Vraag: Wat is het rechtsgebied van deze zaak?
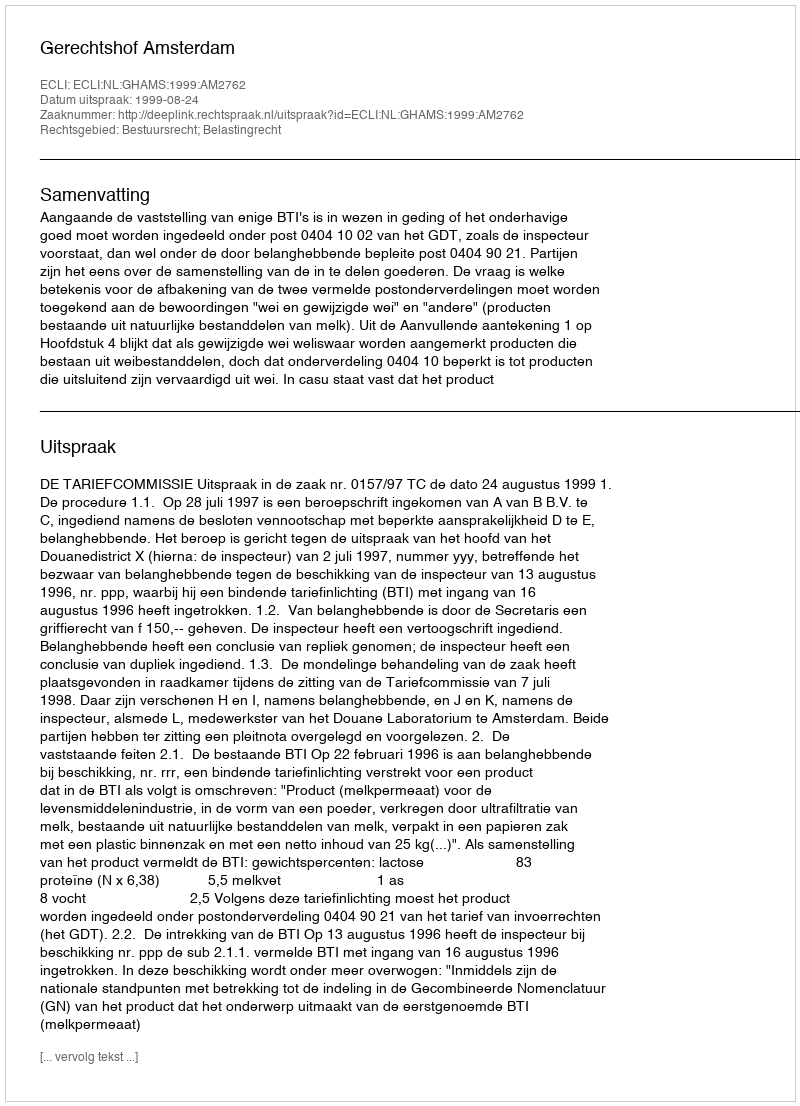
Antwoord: Bestuursrecht; Belastingrecht